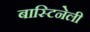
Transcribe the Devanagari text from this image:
बास्टिनेली